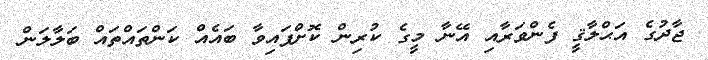
ޖާދުގެ އަޙްލާޤީ ފެންވަރާއި އޭނާ މީގެ ކުރިން ކޮށްފައިވާ ބައެއް ކަންތައްތައް ބަލާލަން